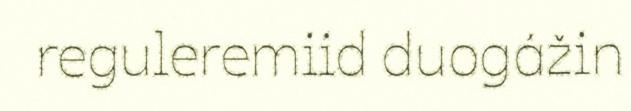
reguleremiid duogážin